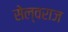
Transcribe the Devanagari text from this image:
सेल्वराज